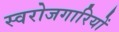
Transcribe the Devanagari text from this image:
स्वरोजगारियों